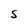
Character: S